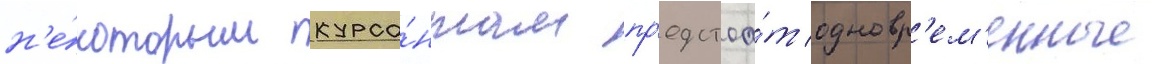
н'е́которым курса́нтам пр'едстоа́т одновр'ем'енные